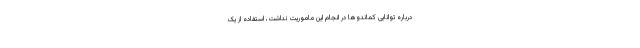
درباره توانایی کماندوها در انجام این ماموریت نداشت، استفاده از یک